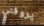
يروقني